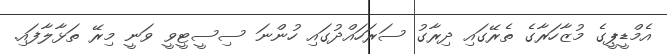
އެމްޑީޕީގެ މުޒާހަރާގެ ތެރޭގައި ދިރާގު ސަރަހައްދުގައި ހުންނަ ސިސީޓީވީ ވަނީ މިރޭ ތަޅާލާފައި.